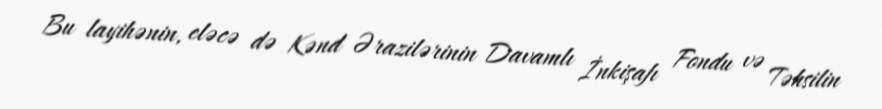
Bu layihənin, eləcə də Kənd Ərazilərinin Davamlı İnkişafı Fondu və Təhsilin